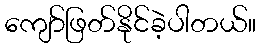
ကျော်ဖြတ်နိုင်ခဲ့ပါတယ်။